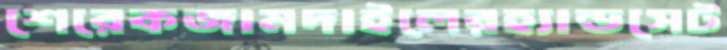
শেরেকজামদাইলেরহ্যান্ডসেট